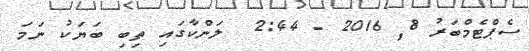
ސެޕްޓެމްބަރު 8